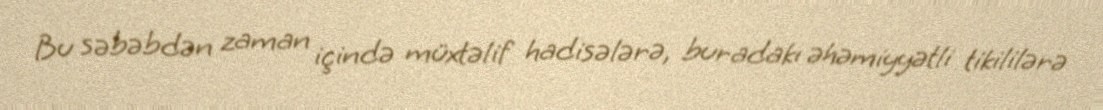
Bu səbəbdən zaman içində müxtəlif hadisələrə, buradakı əhəmiyyətli tikililərə